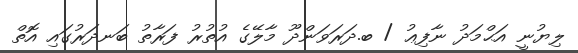
ލިޔުނީ އަޙްމަދު ނާފިޢު / ބ.ދަރަވަންދޫ މާލޭގެ އުތުރު ފަރާތު ބަނދަރުގައި އޮތް